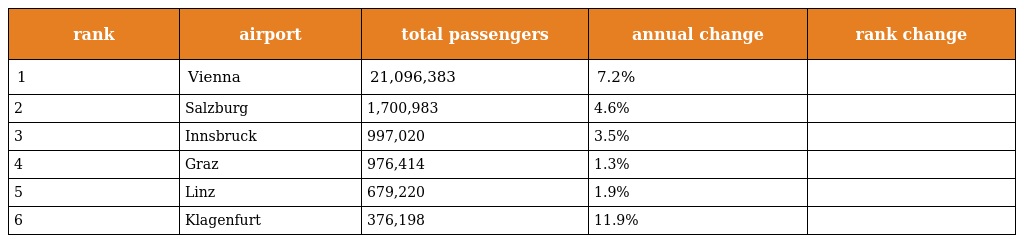
| rank | airport | total passengers | annual change | rank change |
 | --- | --- | --- | --- | --- |
 | 1 | Vienna | 21,096,383 | 7.2% |  |
 | 2 | Salzburg | 1,700,983 | 4.6% |  |
 | 3 | Innsbruck | 997,020 | 3.5% |  |
 | 4 | Graz | 976,414 | 1.3% |  |
 | 5 | Linz | 679,220 | 1.9% |  |
 | 6 | Klagenfurt | 376,198 | 11.9% |  |